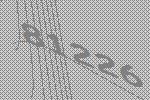
81226